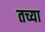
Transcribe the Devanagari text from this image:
तच्या